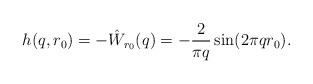
\begin{align*}h(q,r_0) = -\hat W_{r_0}(q) = -\frac{2}{\pi q}\sin(2\pi q r_0).\end{align*}